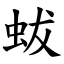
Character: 蛂